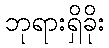
ဘုရားရှိခိုး